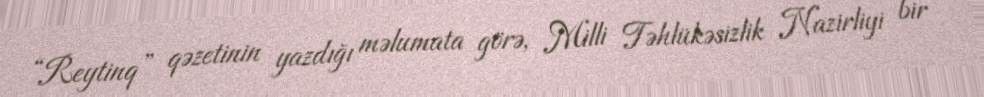
“Reytinq” qəzetinin yazdığı məlumata görə, Milli Təhlükəsizlik Nazirliyi bir